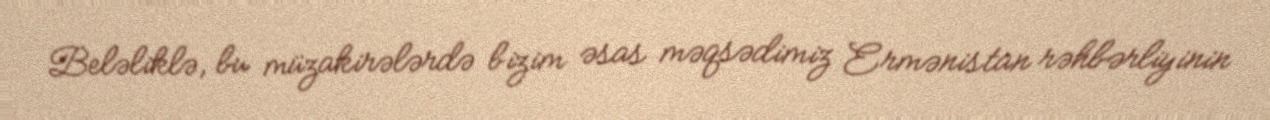
Beləliklə, bu müzakirələrdə bizim əsas məqsədimiz Ermənistan rəhbərliyinin